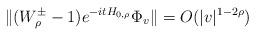
LaTeX: \begin{align*}\|(W_\rho^\pm-1)e^{-itH_{0,\rho}}\Phi_v\|=O(|v|^{1-2\rho})\end{align*}